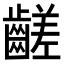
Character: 𪙉